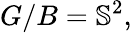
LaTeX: G/B=\mathbb{S}^{2},